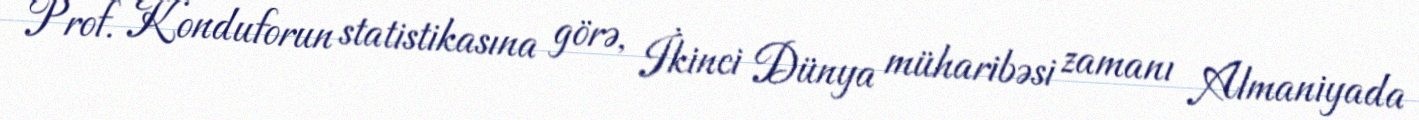
Prof. Konduforun statistikasına görə, İkinci Dünya müharibəsi zamanı Almaniyada